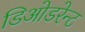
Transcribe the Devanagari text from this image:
डिओडरेन्ट